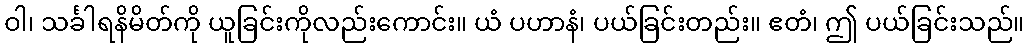
ဝါ၊ သင်္ခါရနိမိတ်ကို ယူခြင်းကိုလည်းကောင်း။ ယံ ပဟာနံ၊ ပယ်ခြင်းတည်း။ ဧတံ၊ ဤ ပယ်ခြင်းသည်။